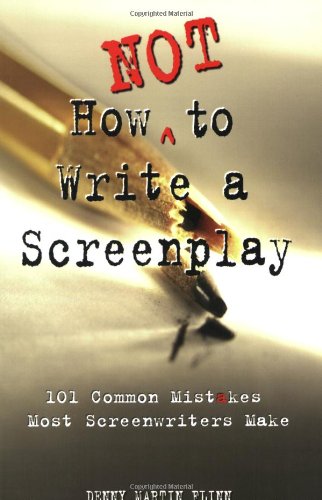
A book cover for How Not to Write a Screenplay: 101 Common Mistakes Most Screenwriters Make; Denny Martin Flinn; Humor & Entertainment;